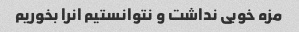
مزه خوبی نداشت و نتوانستیم انرا بخوریم